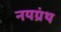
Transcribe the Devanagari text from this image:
नयग्रंथ